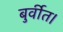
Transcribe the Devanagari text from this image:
बुर्वीत।